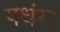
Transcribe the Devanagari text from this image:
पधंरा